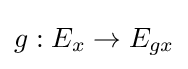
g:E_{x}\to E_{gx}